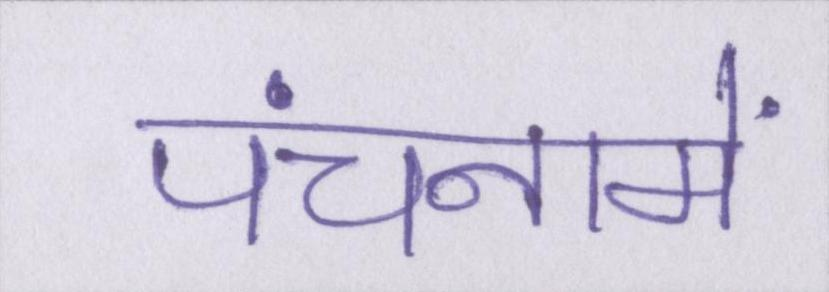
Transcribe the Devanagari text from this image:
पंचनामें